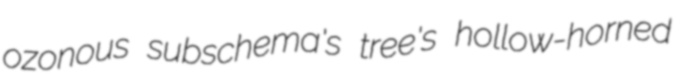
ozonous subschema's tree's hollow-horned